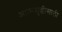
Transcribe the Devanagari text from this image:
आत्मशुद्धीसाठी